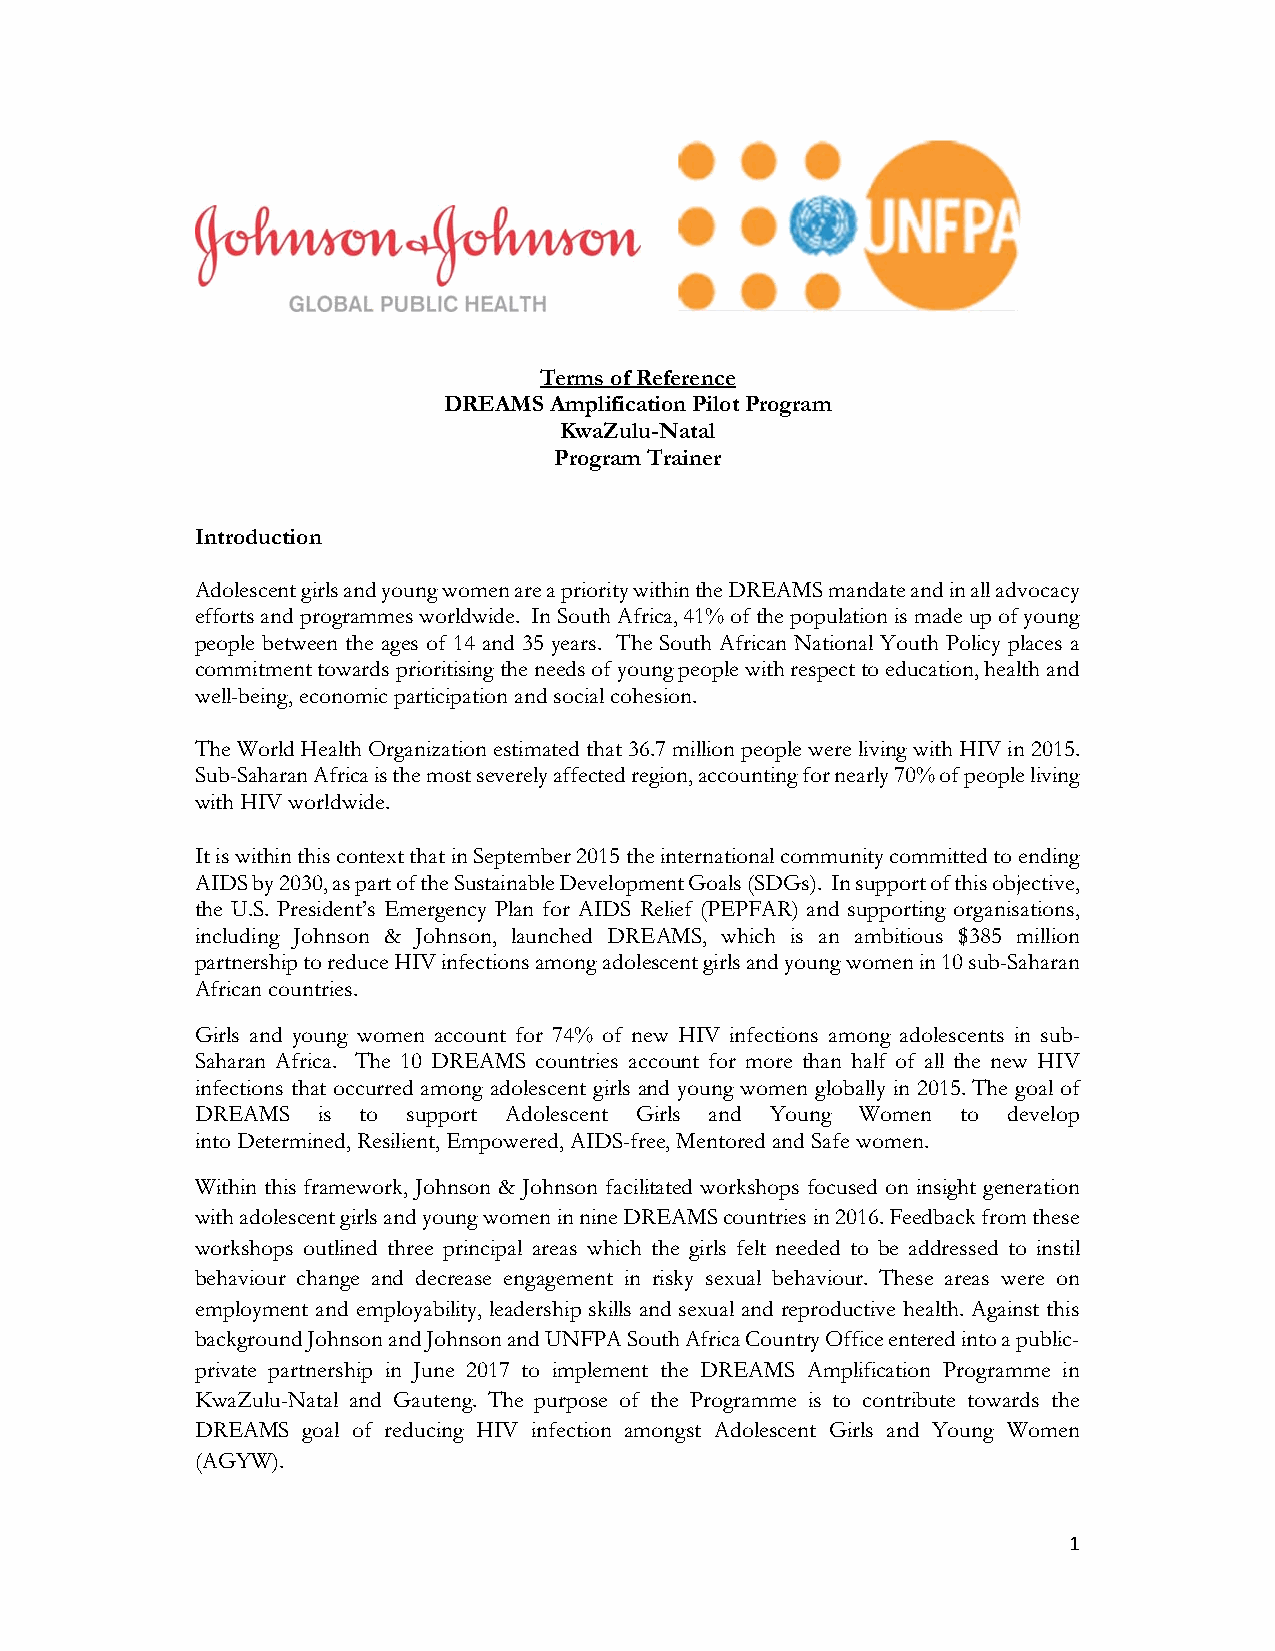
Terms of Reference
 DREAMS Amplification Pilot Program
 KwaZulu-Natal
 Program Trainer
 Introduction
 Adolescent girls and young women are a priority within the DREAMS mandate and in all advocacy
 efforts and programmes worldwide. In South Africa, 41% of the population is made up of young
 people between the ages of 14 and 35 years. The South African National Youth Policy places a
 commitment towards prioritising the needs of young people with respect to education, health and
 well-being, economic participation and social cohesion.
 The World Health Organization estimated that 36.7 million people were living with HIV in 2015.
 Sub-Saharan Africa is the most severely affected region, accounting for nearly 70% of people living
 with HIV worldwide.
 It is within this context that in September 2015 the international community committed to ending
 AIDS by 2030, as part of the Sustainable Development Goals (SDGs). In support of this objective,
 the U.S. President’s Emergency Plan for AIDS Relief (PEPFAR) and supporting organisations,
 including Johnson & Johnson, launched DREAMS, which is an ambitious $385 million
 partnership to reduce HIV infections among adolescent girls and young women in 10 sub-Saharan
 African countries.
 Girls and young women account for 74% of new HIV infections among adolescents in sub-
 Saharan Africa. The 10 DREAMS countries account for more than half of all the new HIV
 infections that occurred among adolescent girls and young women globally in 2015. The goal of
 DREAMS  is to support Adolescent Girls and Young Women to develop
 into Determined, Resilient, Empowered, AIDS-free, Mentored and Safe women.
 Within this framework, Johnson & Johnson facilitated workshops focused on insight generation
 with adolescent girls and young women in nine DREAMS countries in 2016. Feedback from these
 workshops outlined three principal areas which the girls felt needed to be addressed to instil
 behaviour change and decrease engagement in risky sexual behaviour. These areas were on
 employment and employability, leadership skills and sexual and reproductive health. Against this
 background Johnson and Johnson and UNFPA South Africa Country Office entered into a public-
 private partnership in June 2017 to implement the DREAMS Amplification Programme in
 KwaZulu-Natal and Gauteng. The purpose of the Programme is to contribute towards the
 DREAMS goal of reducing HIV infection amongst Adolescent Girls and Young Women
 (AGYW).
 1